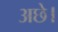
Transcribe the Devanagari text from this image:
अछे।